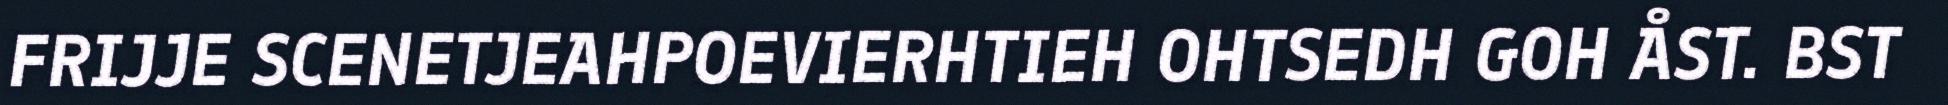
FRIJJE SCENETJEAHPOEVIERHTIEH OHTSEDH GOH ÅST. BST